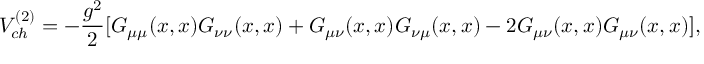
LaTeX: V _ { c h } ^ { ( 2 ) } = - \frac { g ^ { 2 } } { 2 } [ G _ { \mu \mu } ( x , x ) G _ { \nu \nu } ( x , x ) + G _ { \mu \nu } ( x , x ) G _ { \nu \mu } ( x , x ) - 2 G _ { \mu \nu } ( x , x ) G _ { \mu \nu } ( x , x ) ] ,